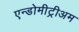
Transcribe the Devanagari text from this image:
एन्डोमीट्रीअम